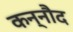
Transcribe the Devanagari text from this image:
कन्नौद